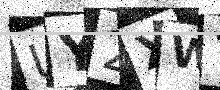
Text: UY2XWY